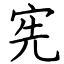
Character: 宪